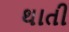
થાતી